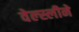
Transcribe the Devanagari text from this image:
वेल्स्लीने